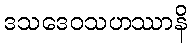
ဒသဒေဝသဟဿာနိ